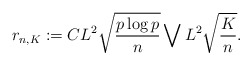
\begin{align*}r_{n,K}:=C L^2\sqrt{\frac{p\log p}{n}}\bigvee L^2\sqrt{\frac{K}{n}}.\end{align*}